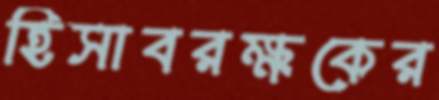
হিসাবরক্ষকের